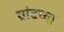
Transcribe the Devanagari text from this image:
ग्रांटच्या